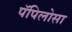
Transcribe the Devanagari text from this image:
पॅपिलोसा